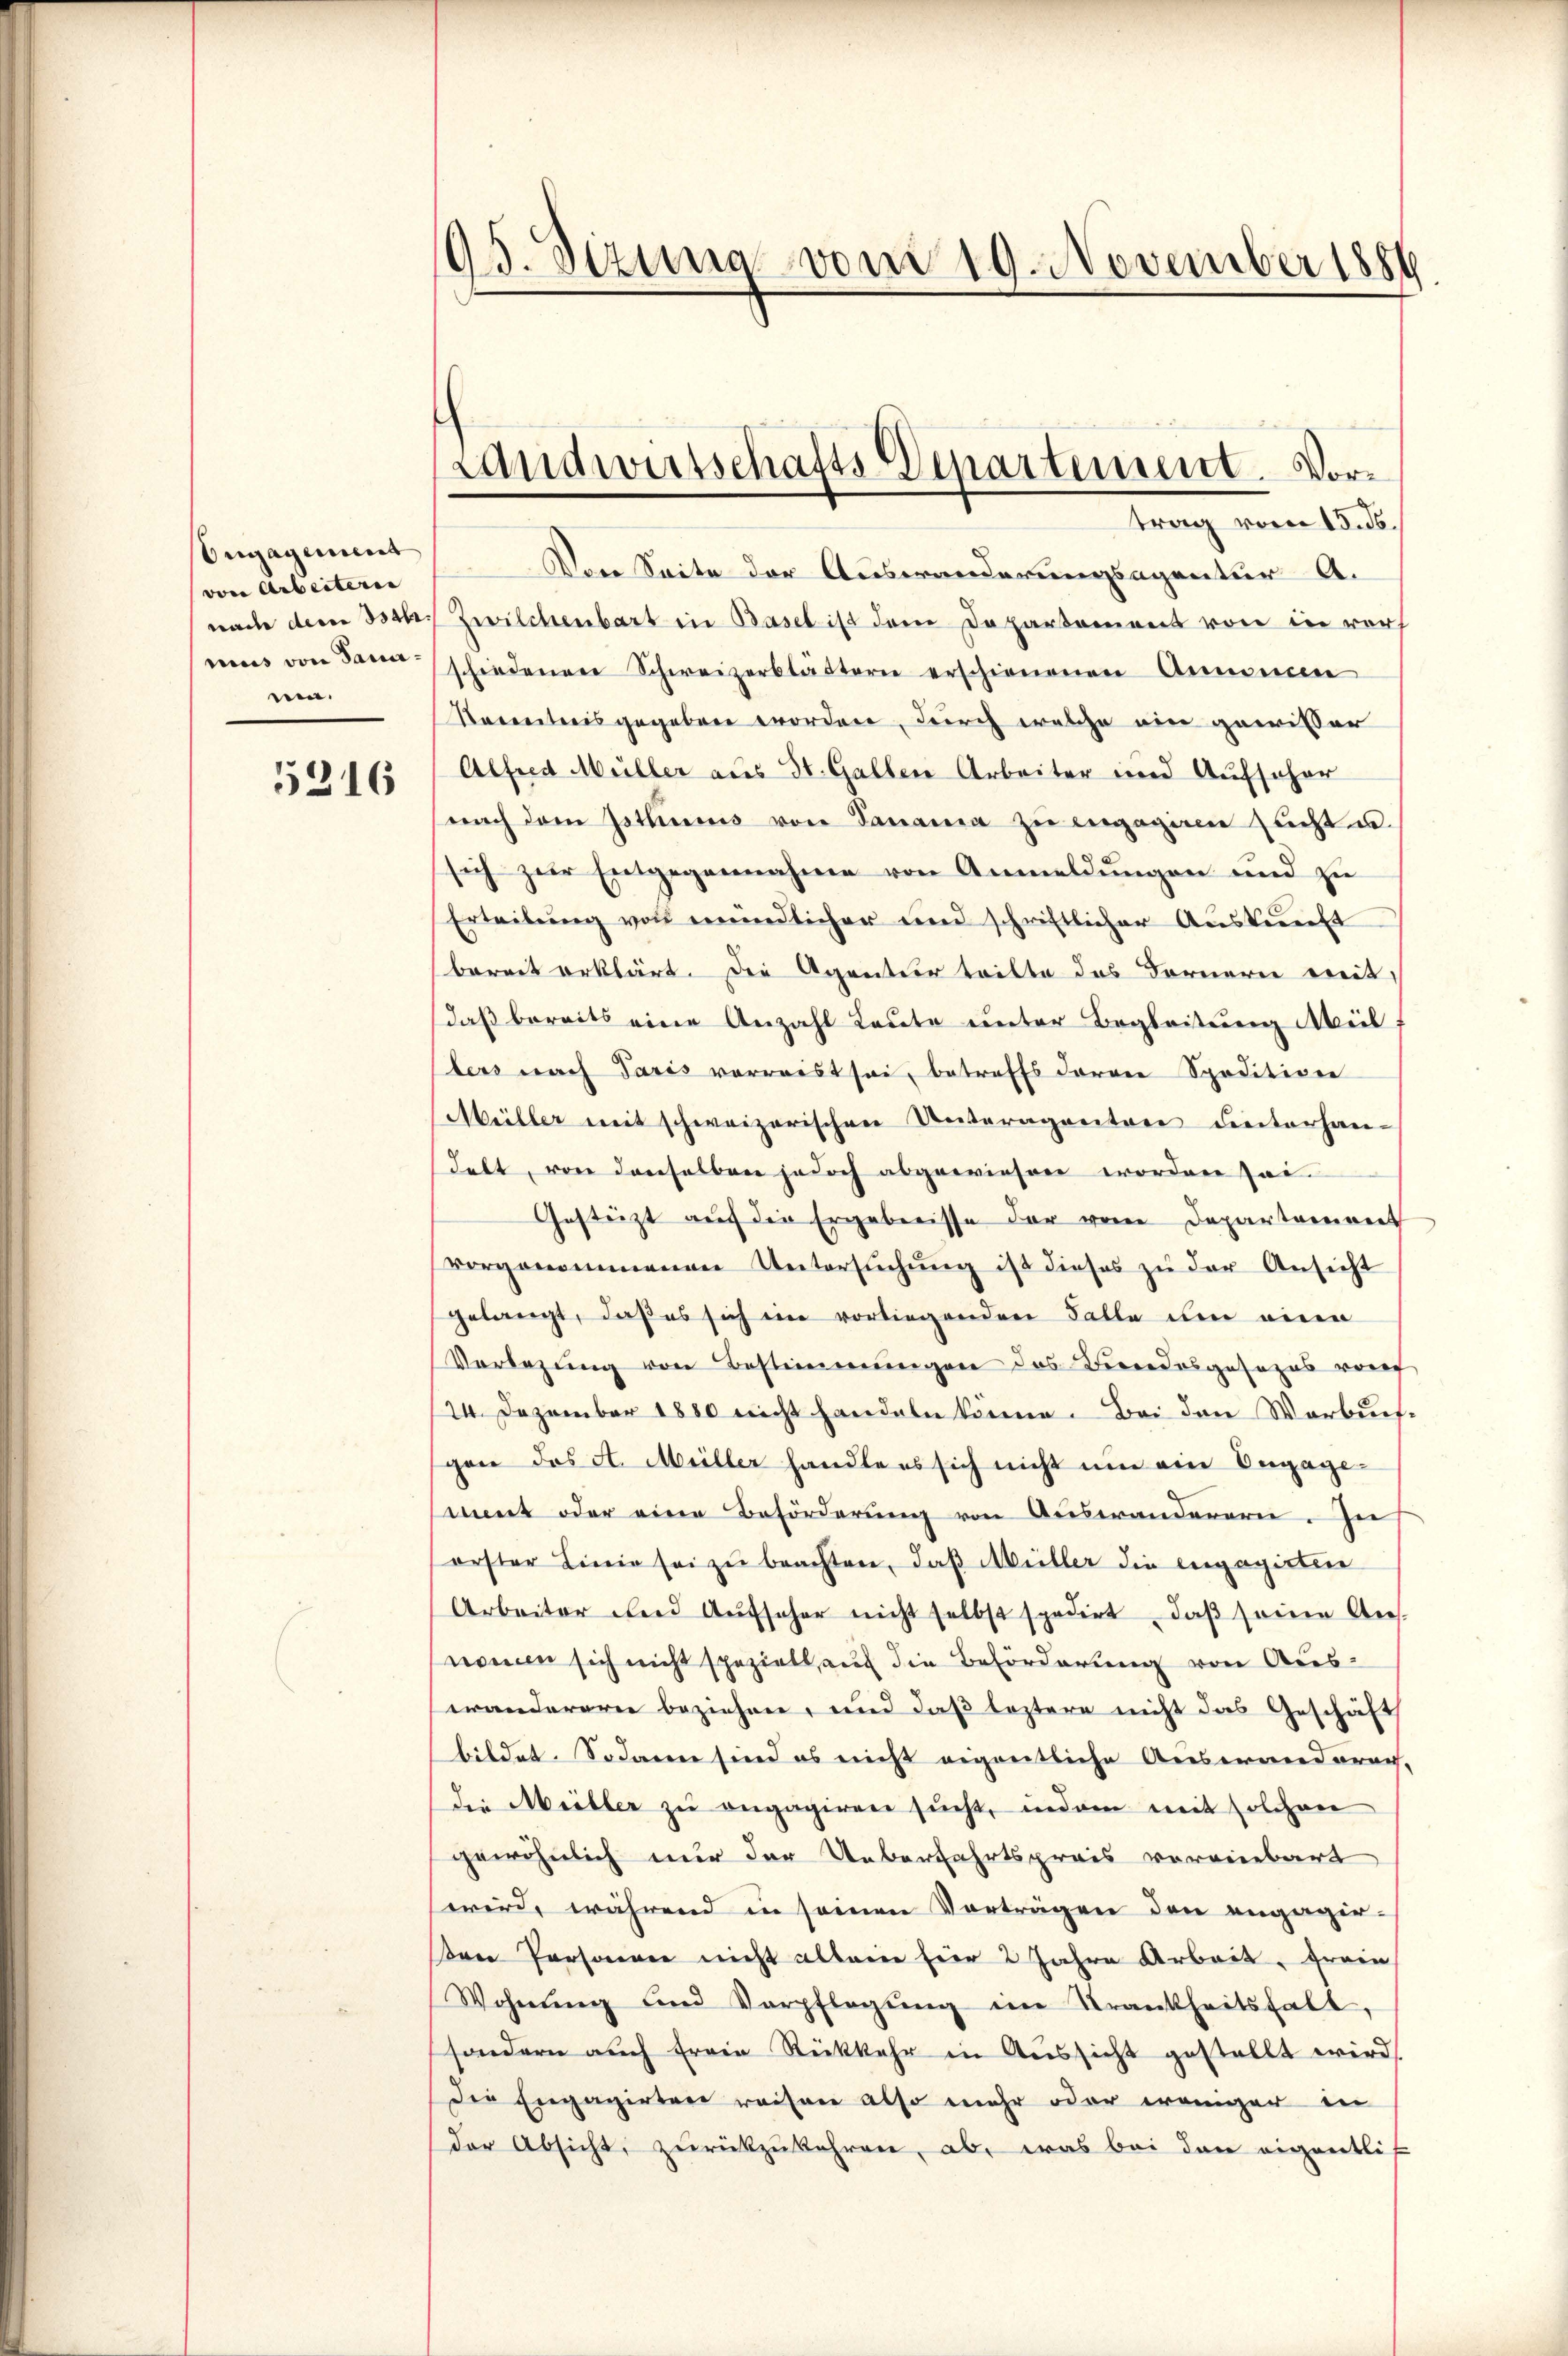
songagement
von Arbeiteren |
nach dem Betr.
nn.

5216

95. Sizung vom 19. November 1886

Landwirtschafts Departement. Vortrag vom 15. ds.

Von Seite der Auswanderungsagentur A.
Zwilchenbart in Basel ist dem Departement von in vorh
mins von dann schiedenen Schweizerblättern erschienenen Annemen
Racentreisgegeben worden, durch welche ein gewisser
Alfred Müller aus St. Gallen Arbeiter und Aufscher
nach dem Isthums von Panama zu engagien sucht u.
sich zur Entgegennahme von Anmeldungen und zu
Erteilŭng von mündlicher und schriftlicher Aŭskŭnft
bereit erklärt. Die Agentier teilte das Fornern mit
daß bereits eine Anzahl Leute unter Begleitung Meil
bers nach Paris vorweist sei, betreffs daran Speditiven
Müller mit schweizerischen Unteragenten unterhan-
delt, von denselben jedoch abgewiesen worden sei.
Gestürzt auf die Ergebenisse der vom Departement
vorgenommenen Untersŭchŭng ist dieses zŭ der Ansicht
gelangt, daß es sich ein vorliegenden Falle um einen
Vorlegŭng von Bestimmungen das Beendesgesezes vorf
124. Dezember 1850 nicht handeln könne. Bei den Werbunfgen das A. Müller handle es sich nicht um ein Engage-
sint oder eine Beförderung von Auswandauern. In
orster Linie sei zŭ beachten, daß Müller die engagirten
Arbeiter und Aŭfseher nicht selbst spedirt, daβ seine Aus-
nomen sich nicht speziell auf die Beförderung von Auswanderere beziehen, und daß leztere nicht das Geschäft
bildet. Sodann sind es nicht eigentliche Auswanderag,
die Meiller zu engagiren sucht, indem mit solchen
gewöhnlich nur der Ueberfahrtspreis vereinbart
wird, während in seinen Vorträgen den engagir-
en Personen nicht allein hier 2 Jahre Arbeit, frain
Wohnŭng und Verpflegŭng im Trankheitshalt,
sondern auch freie Rückkehr in Aussicht gestellt wird,
die Engagirten weisen also mehr oder weniger in
der Absicht, zurückzukehren, ab, was bei den eigentlich